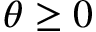
\theta \ge 0